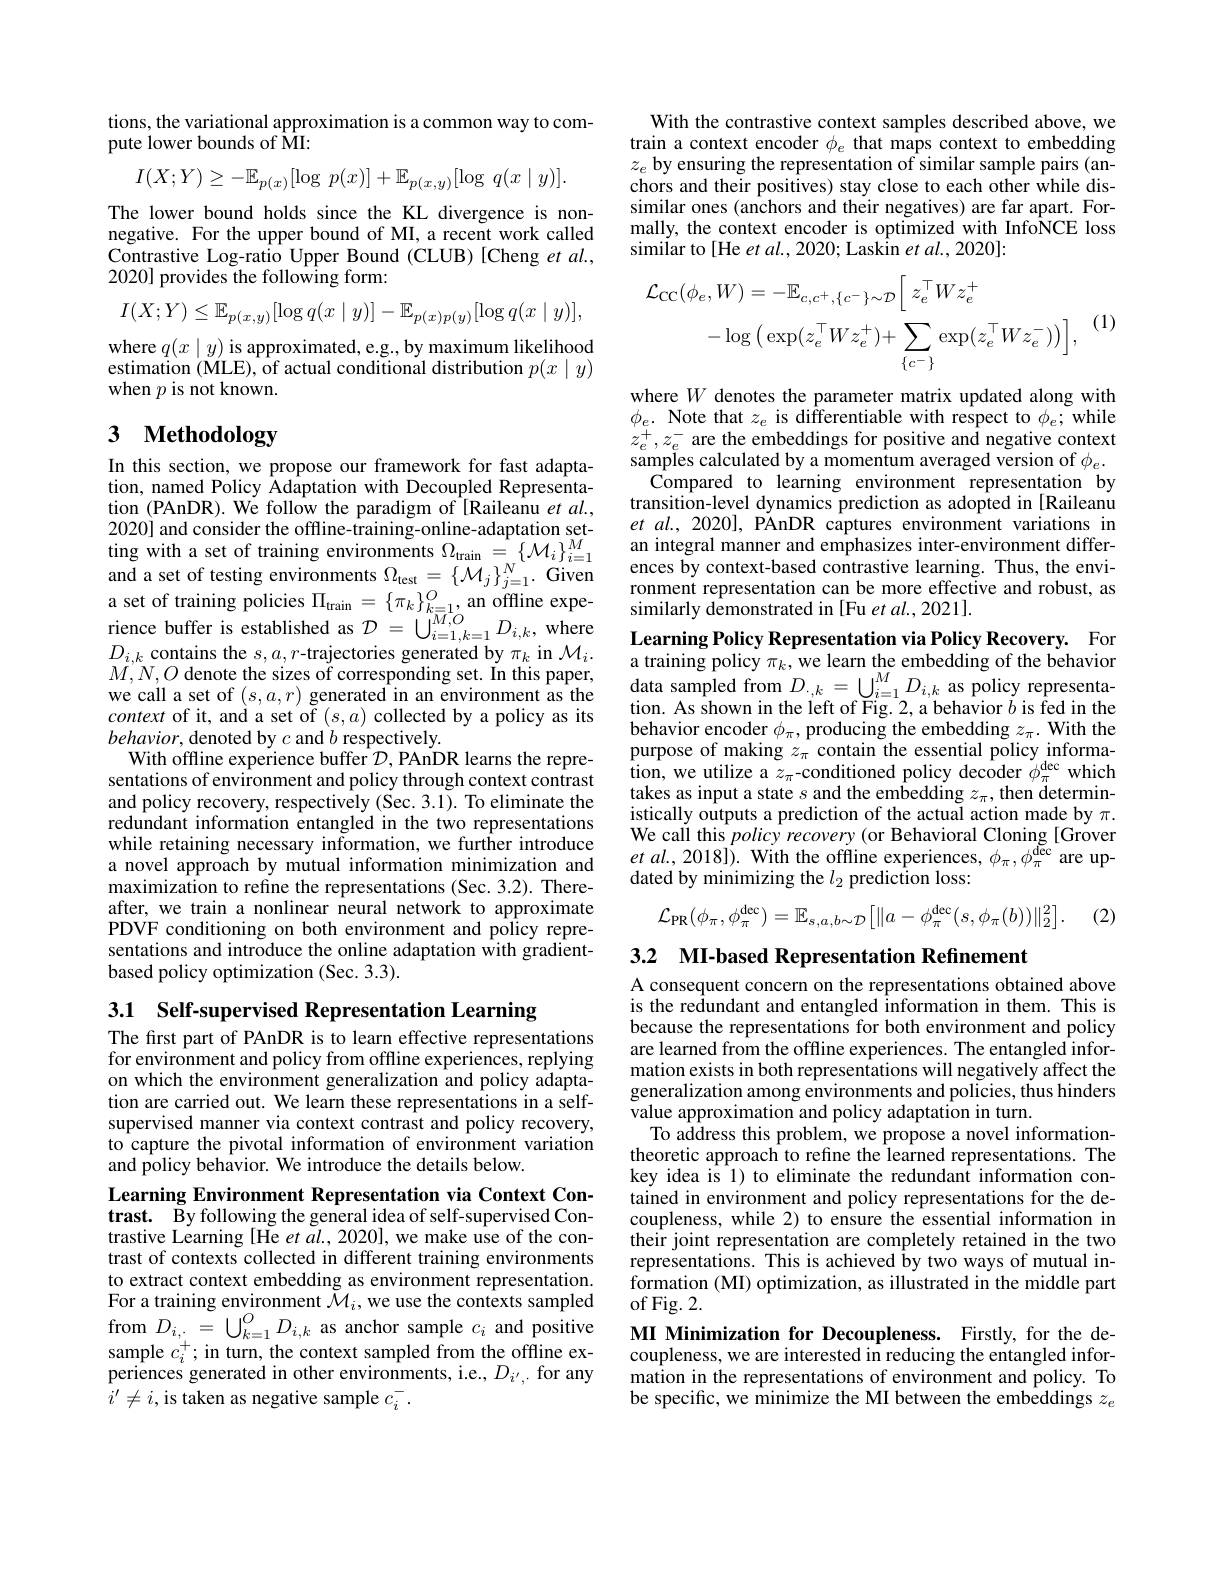
tions, the variational approximation is a common way to com-
pute lower bounds of MI:
$$I(X;Y)\geq-\mathbb{E}_{p(x)}[\log\:p(x)]+\mathbb{E}_{p(x,y)}[\log\:q(x\mid y)].$$
The lower bound holds since the KL divergence is nonnegative. For the upper bound of MI, a recent work called Contrastive Log-ratio Upper Bound (CLUB) [Cheng et al., 2020] provides the following form:
$$I(X;Y)\leq\mathbb{E}_{p(x,y)}[\log q(x\mid y)]-\mathbb{E}_{p(x)p(y)}[\log q(x\mid y)],$$
$\begin{array}{l}\mathrm{where~}q(x\mid y)\text{ is approximated, e.g., by maximum likelihood}\\\mathrm{estimation~(MLE),~of~actual~conditional~distribution~}p(x\mid y)\end{array}$
when $p$ is not known.

## 3 $\textbf{Methodology}$

In this section, we propose our framework for fast adaptation, named Policy Âdaptation with Decoupled Representation (PAnDR). We follow the paradigm of [Raileanu et al., we call a set of $(s,a,r)$ generated in an environment as the context of it, and a set of $(s,a)$ collected by a policy as its $behavior$,denoted by $c$ and $b$ respectively.
With offline experience buffer $\mathcal{D}$,PAnDR learns the representations of environment and policy through context contrast and policy recovery, respectively (Sec.3.1). To eliminate the redundant information entangled in the two representations while retaining necessary information, we further introduce a novel approach by mutual information minimization and maximization to refine the representations (Sec. 3.2). Thereafter, we train a nonlinear neural network to approximate PDVF conditioning on both environment and policy representations and introduce the online adaptation with gradientbased policy optimization (Sec. 3.3).

3.1 Self-supervised Representation Learning

The first part of PAnDR is to learn effective representations for environment and policy from offline experiences, replying on which the environment generalization and policy adaptation are carried out. We learn these representations in a selfsupervised manner via context contrast and policy recovery, to capture the pivotal information of environment variation and policy behavior. We introduce the details below.

Learning Environment Representation via Context Contrast. By following the general idea of self-supervised Contrastive Learning [He et al., 2020], we make use of the contrast of contexts collected in different training environments to extract context embedding as environment representation. For a training environment $\tilde{\mathcal{M}}_i$,we use the contexts sampled from $D_{i,\cdot}=\bigcup_{k=1}^{O}D_{i,k}$ as anchor sample $c_i$ and positive sample $c_i^+;$ in turn, the context sampled from the offline experiences generated in other environments, i.e., $D_i^{\prime},.$ for any $i^{\prime}\neq i$,is taken as negative sample $c_i^-.$

With the contrastive context samples described above, we train a context encoder $\phi_e$ that maps context to embedding $z_e$ by ensuring the representation of similar sample pairs (anchors and their positives) stay close to each other while dissimilar ones (anchors and their negatives) are far apart. Formally, the context encoder is optimized with InfoNCE loss similar to [He et al., 2020; Laskin et al., 2020]:
$$\begin{aligned}\mathcal{L}_{\mathrm{CC}}(\phi_{e},W)&=-\mathbb{E}_{c,c^{+},\{c^{-}\}\sim\mathcal{D}}\bigg[\:z_{e}^{\top}Wz_{e}^{+}\\&-\log\big(\exp(z_{e}^{\top}Wz_{e}^{+})+\sum_{\{c^{-}\}}\exp(z_{e}^{\top}Wz_{e}^{-})\big)\bigg],\end{aligned}$$
(1)

where $W$ denotes the parameter matrix updated along with $\phi_{e}.$ Note that $z_e$ is differentiable with respect to $\phi_e;$while $z_{e}^{+},z_{e}^{-}$ are the embeddings for positive and negative contexts samples calculated by a momentum averaged version of $\phi_e.$
Compared to learning environment representation by transition-level dynamics prediction as adopted in[Raileanu $et$ al., 2020], PÄnDR captures environment variations in
202020] and consider the offline- training- onl
ronment representation can be more effective and robust, as
a set of training policies $\Pi_\mathrm{tani}=\{\pi_k\}_{k=1}^O$,an offline expe- $\{\pi_k\}_{k=1}^O$,an offline expe- $i$smilarly demonsrated in Fue telerat.2021].rience buffer is established as $\mathcal{D}=\bigcup_{i=1,k=1}^{M,O}D_{i,k}$,where Learning Policy Representation via P

tion. As shown in the left of Fig. 2, a behavior $b$ is fed in the behavior encoder $\phi_\pi$, producing the embedding $z_\pi.$ With the purpose of making $z_\pi$ contain the essential policy information, we utilize a $z_{\pi}$-conditioned policy decoder $\phi_{\pi}^{\mathrm{dec}}$ which takes as input a state $s$ and the embedding $z_\pi$, then deterministically outputs a prediction of the actual action made by $\pi.$ We call this policy recovery (or Behavioral Cloning [Grover $et$ $al. $, 2018]). With the offline experiences, $\phi_{\pi},\phi_{\pi}^{\mathrm{dec}}$ are updated by minimizing the $l_2$ prediction loss:
$$\mathcal{L}_{\mathrm{PR}}(\phi_{\pi},\phi_{\pi}^{\mathrm{dec}})=\mathbb{E}_{s,a,b\sim\mathcal{D}}\big[\|a-\phi_{\pi}^{\mathrm{dec}}(s,\phi_{\pi}(b))\|_{2}^{2}\big].$$
(2)

3.2 MI-based Representation Refinement

A consequent concern on the representations obtained above is the redundant and entangled information in them. This is because the representations for both environment and policy are learned from the offline experiences. The entangled information exists in both representations will negatively affect the generalization among environments and policies, thus hinders value approximation and policy adaptation in turn.
To address this problem, we propose a novel informationtheoretic approach to refine the learned representations. The key idea is 1) to eliminate the redundant information contained in environment and policy representations for the decoupleness, while 2) to ensure the essential information in their joint representation are completely retained in the two representations. This is achieved by two ways of mutual information (MI) optimization, as illustrated in the middle part of Fig. 2.

MI Minimization for Decoupleness. Firstly, for the decoupleness, we are interested in reducing the entangled information in the representations of environment and policy. To be specific, we minimize the MI between the embeddings $z_e$